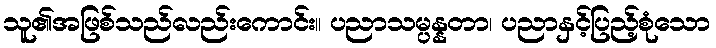
သူ၏အဖြစ်သည်လည်းကောင်း။ ပညာသမ္ပန္နတာ၊ ပညာနှင့်ပြည့်စုံသော